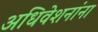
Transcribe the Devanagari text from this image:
अधिवेशनांना